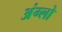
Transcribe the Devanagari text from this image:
अंग्लो